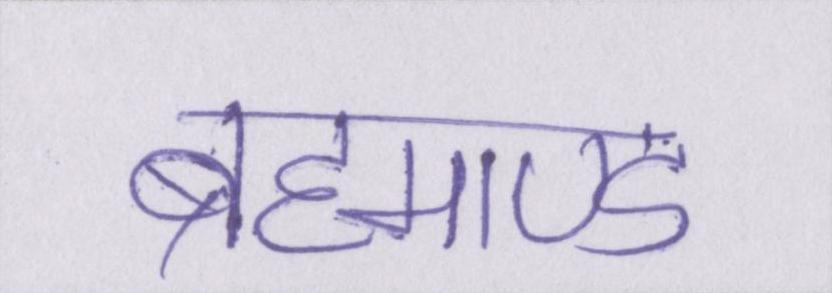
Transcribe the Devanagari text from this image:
ब्रह्माण्ड